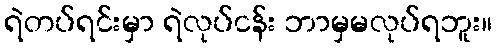
ရဲတပ်ရင်းမှာ ရဲလုပ်ငန်း ဘာမှမလုပ်ရဘူး။